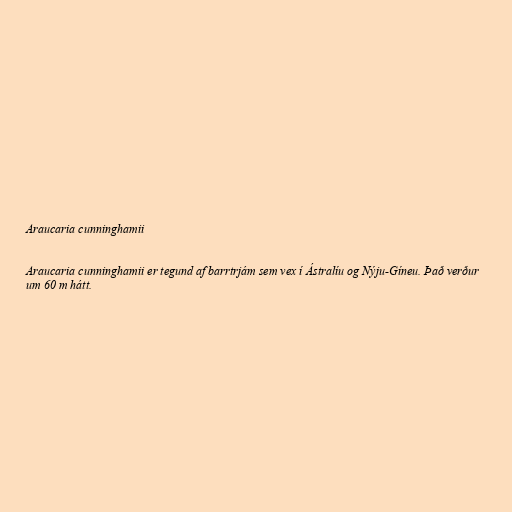
Araucaria cunninghamii

Araucaria cunninghamii er tegund af barrtrjám sem vex í Ástralíu og Nýju-Gíneu. Það verður
um 60 m hátt.